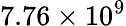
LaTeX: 7.76\times 10^{9}